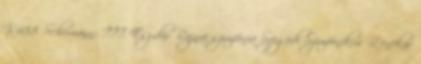
K.488 Schumann: III. Esz-dúr Rajnai szimfónia Szegedi Szimfonikus Zenekar